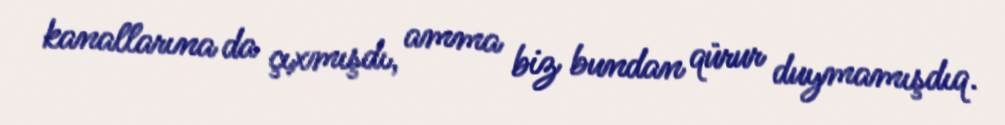
kanallarına da çıxmışdı, amma biz bundan qürur duymamışdıq.